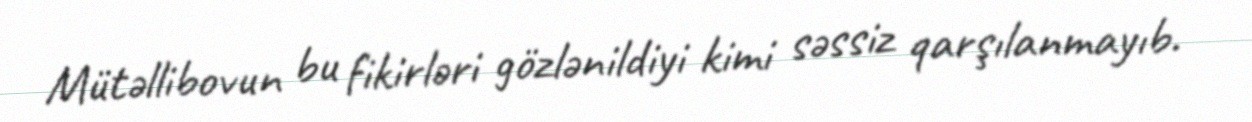
Mütəllibovun bu fikirləri gözlənildiyi kimi səssiz qarşılanmayıb.